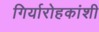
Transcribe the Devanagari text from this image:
गिर्यारोहकांशी